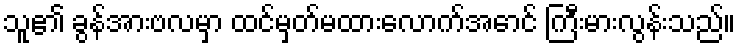
သူ၏ ခွန်အားဗလမှာ ထင်မှတ်မထားလောက်အောင် ကြီးမားလွန်းသည်။